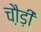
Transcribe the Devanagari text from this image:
चौ़ड़ी